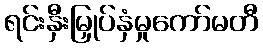
ရင်းနှီးမြှုပ်နှံမှုကော်မတီ